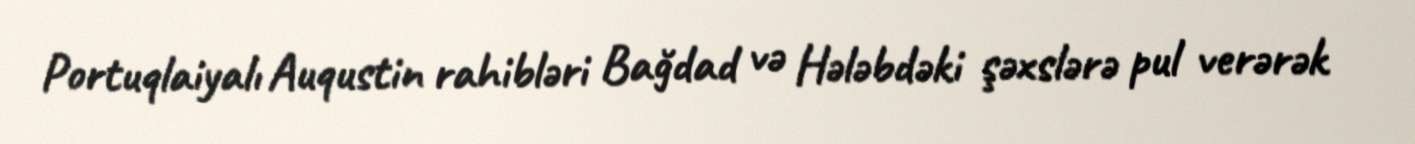
Portuqlaiyalı Auqustin rahibləri Bağdad və Hələbdəki şəxslərə pul verərək